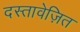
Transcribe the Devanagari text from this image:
दस्तावेज़ित